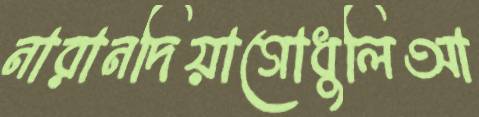
নারানদিয়াগোধুলিআ